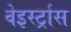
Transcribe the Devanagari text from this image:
वेइर्स्ट्रास